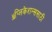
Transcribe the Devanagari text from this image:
ॲप्लिकेशन्ससाठी